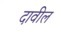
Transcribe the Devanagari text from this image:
दावील